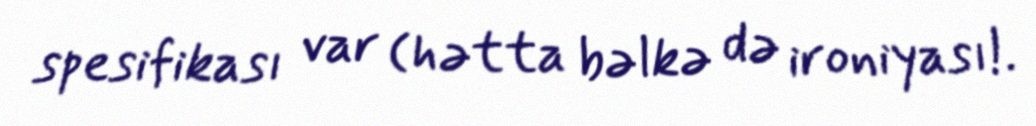
spesifikası var (hətta bəlkə də ironiyası!.